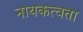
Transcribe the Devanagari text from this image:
नायकत्वता